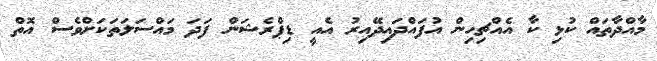
މާއްދާތައް ކުޅި ކާ އެއްޗިހިން އުފައްދައިދޭއިރު އެއީ ޑިޕްރެޝަން ފަދަ މައްސަލަތަކަށްވެސް އޮތް